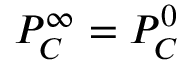
P _ { C } ^ { \infty } = P _ { C } ^ { 0 }